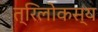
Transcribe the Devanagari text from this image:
त्रिलोकस्य